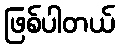
ဖြစ်ပါတယ်